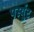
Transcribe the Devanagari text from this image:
पर्स्युट